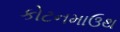
કોટનમાઉથ